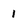
Character: 1